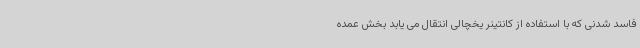
فاسد شدنی که با استفاده از کانتینر یخچالی انتقال می یابد بخش عمده